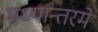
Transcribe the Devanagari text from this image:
मध्यान्तरमें